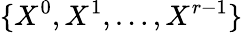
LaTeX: \{ X^{0},X^{1},\ldots,X^{r-1}\}